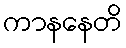
ကာနနေတိ